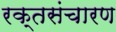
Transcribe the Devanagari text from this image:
रक्तसंचारण